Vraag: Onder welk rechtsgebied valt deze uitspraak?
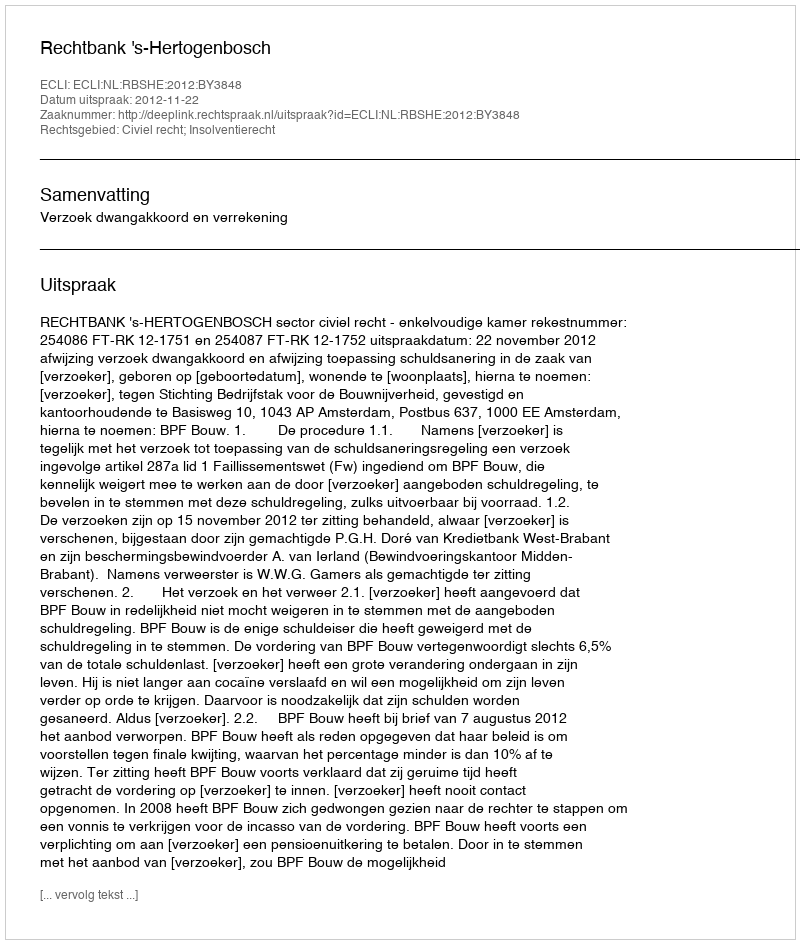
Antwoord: Civiel recht; Insolventierecht